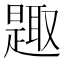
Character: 𰖰